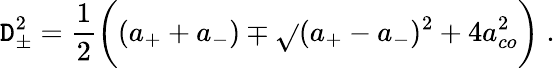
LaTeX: \mathtt{D}_{\pm}^{2}=\frac{{1}}{{2}}\bigg((a_{+}+a_{-})\mp\sqrt{}{{(a_{+}-a_{-})^{2}+4a_{co}^{2}}}\bigg)\; .